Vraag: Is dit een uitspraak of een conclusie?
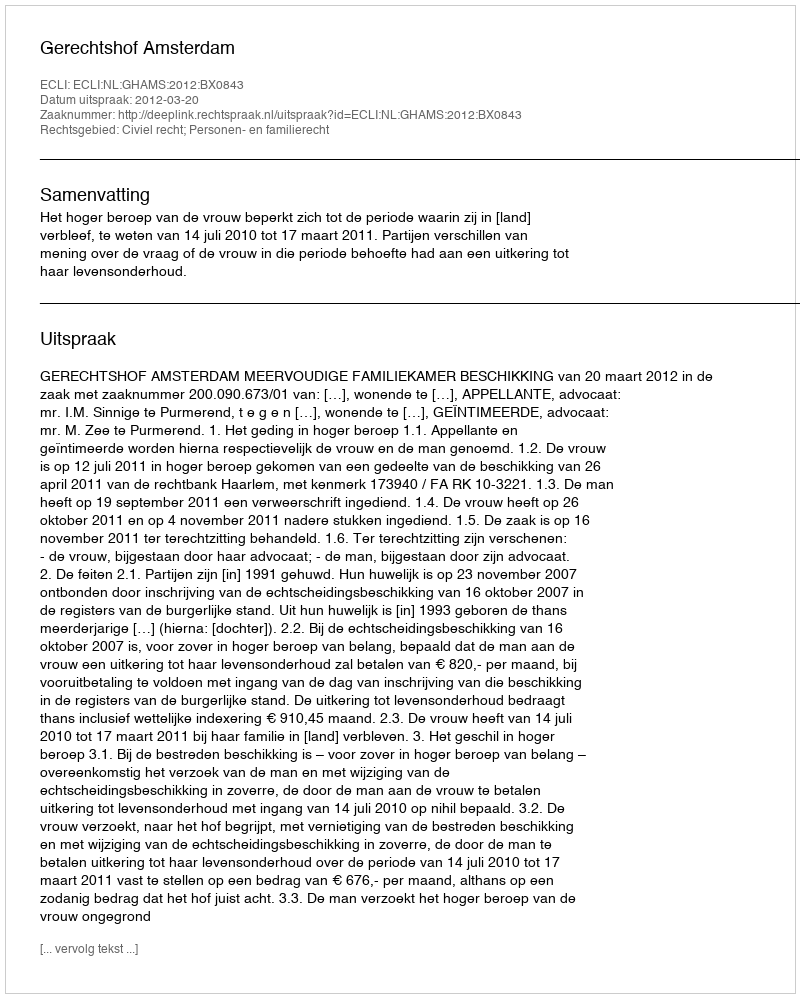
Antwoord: Uitspraak